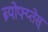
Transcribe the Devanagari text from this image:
ब्र्योफ्य्तेस्